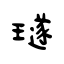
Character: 璲